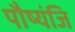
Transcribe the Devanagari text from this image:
पौष्यंजि